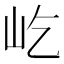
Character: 屹